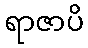
ရာဇာပိ